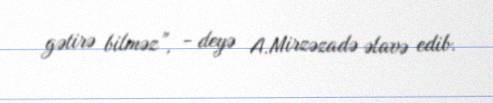
gətirə bilməz”, - deyə A.Mirzəzadə əlavə edib.